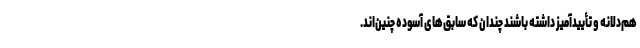
هم‌دلانه و تأیید‌آمیز داشته باشند چندان که سابق‌های آسوده چنین‌اند.